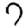
Digit: 7